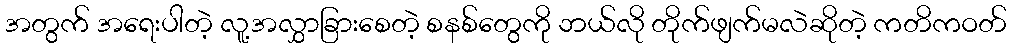
အတွက် အရေးပါတဲ့ လူ့အလွှာခြားစေတဲ့ စနစ်တွေကို ဘယ်လို တိုက်ဖျက်မလဲဆိုတဲ့ ကတိကဝတ်